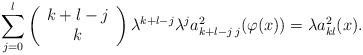
LaTeX: \begin{align*}\sum_{j=0}^{l}\left(\begin{array}{c}k+l-j\\k\end{array}\right)\lambda^{k+l-j} \lambda^{j} a_{k+l-j\,j}^{2}(\varphi(x)) = \lambda a_{kl}^{2}(x).\end{align*}